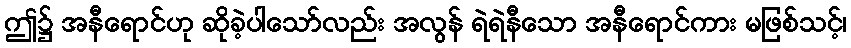
ဤ၌ အနီရောင်ဟု ဆိုခဲ့ပါသော်လည်း အလွန် ရဲရဲနီသော အနီရောင်ကား မဖြစ်သင့်၊